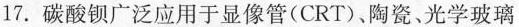
17. 碳酸钡广泛应用于显像管(CRT)、陶瓷、光学玻璃